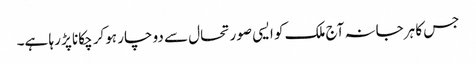
جس کا ہرجانہ آج ملک کو ایسی صورتحال سے دو چار ہوکر چکانا پڑ رہا ہے۔